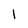
Character: 1